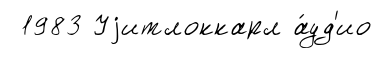
1983 Уjитлоккарл а́уд'ио